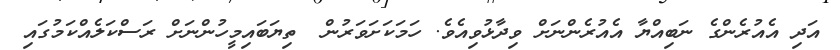
އަދި އެއުރެންގެ ނަބިއްޔާ އެއުރެންނަށް ވިދާޅުވިއެވެ. ހަމަކަށަވަރުން  ތިޔަބައިމީހުންނަށް ރަސްކަލެއްކަމުގައި